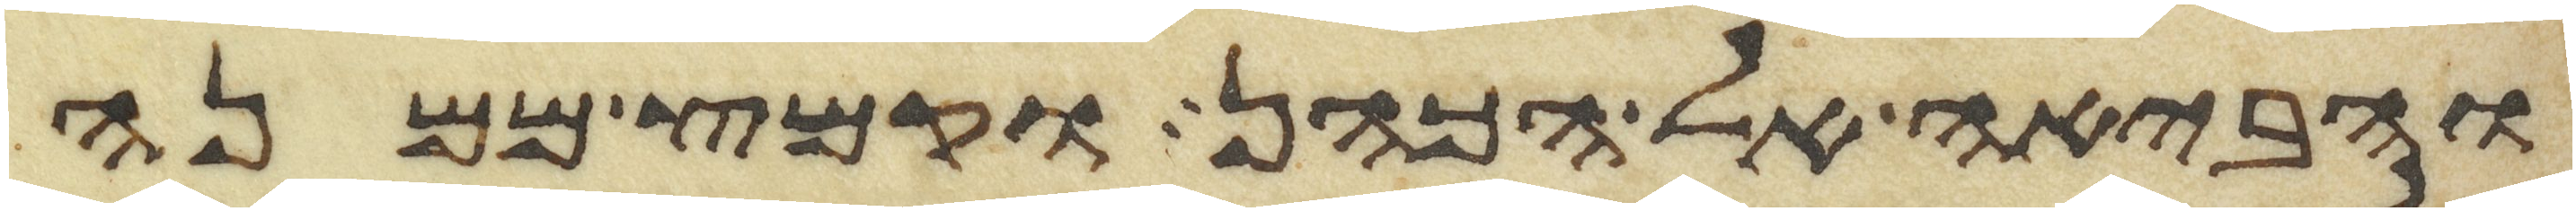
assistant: והביאה אל הכהן וקמץ ממנה